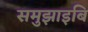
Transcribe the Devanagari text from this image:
समुझाइबि